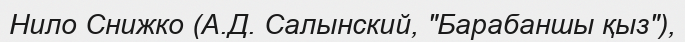
Нило Снижко (А.Д. Салынский, "Барабаншы қыз"),